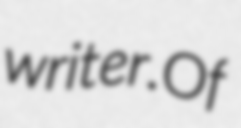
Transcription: writer.Of